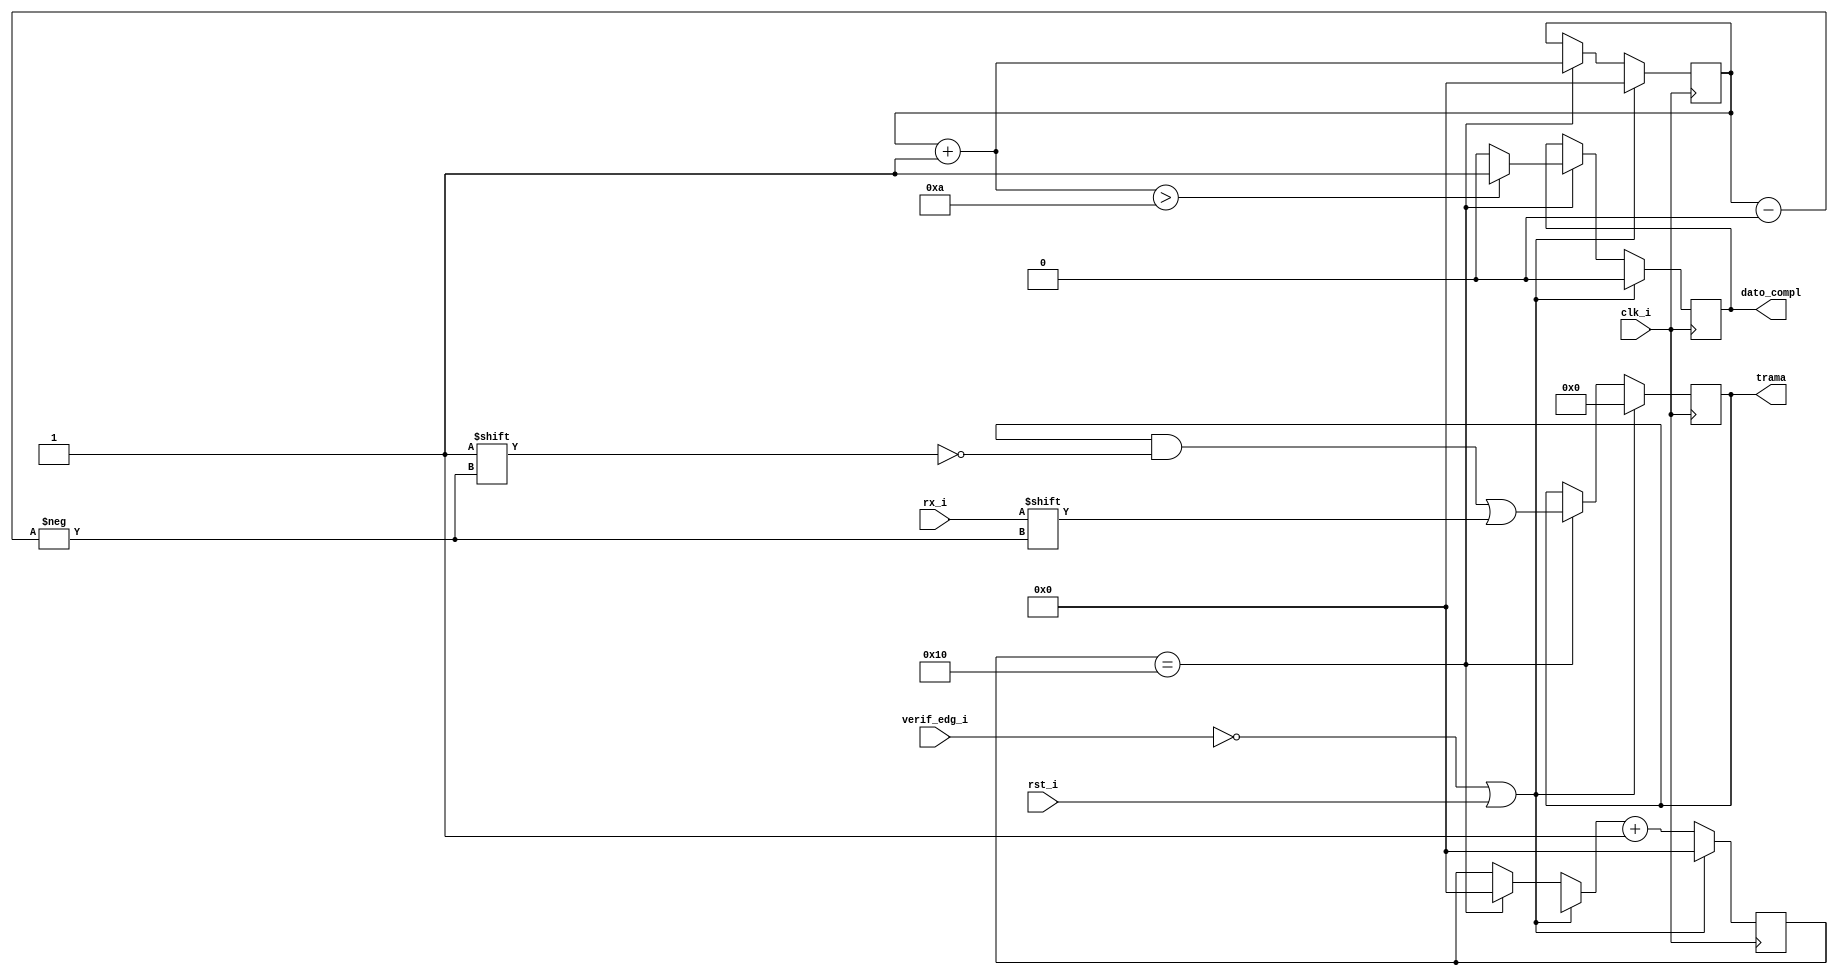
`timescale 1ns / 1ps
module recib_datos(
    input rx_i,
    input verif_edg_i,
    input clk_i,
    input rst_i,
    output[9:0] trama,
    output dato_compl
    );
    
    reg [9:0] trama_aux;
    reg [4:0]  count;
    reg [4:0] clk_aux;
    reg dato_compl_aux;
    assign trama=trama_aux;
    assign dato_compl=dato_compl_aux;
    
    always @(posedge clk_i) begin
        if(!verif_edg_i || rst_i )begin
            count     = 0;
            clk_aux   = 0;
            trama_aux = 0;
            dato_compl_aux  = 0;
        end else begin                 
            if(count == 16) begin
                trama_aux[clk_aux]=rx_i;
                clk_aux = clk_aux+1;
                count = 0;
                dato_compl_aux = (clk_aux > 10) ? 1 : 0;
            end
            count = count + 1;           
        end
    end
    
endmodule